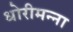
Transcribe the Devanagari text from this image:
धोरीमन्ना